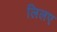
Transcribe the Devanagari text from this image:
लिलए